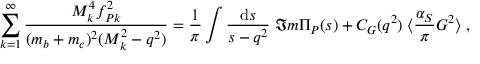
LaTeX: \sum _ { k = 1 } ^ { \infty } \frac { M _ { k } ^ { 4 } f _ { P k } ^ { 2 } } { ( m _ { b } + m _ { c } ) ^ { 2 } ( M _ { k } ^ { 2 } - q ^ { 2 } ) } = \frac { 1 } { \pi } \int \frac { \mathrm { d } s } { s - q ^ { 2 } } \; \Im m \Pi _ { P } ( s ) + C _ { G } ( q ^ { 2 } ) \; \langle \frac { \alpha _ { S } } { \pi } G ^ { 2 } \rangle \; ,